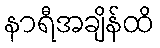
နာရီအချိန်ထိ